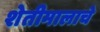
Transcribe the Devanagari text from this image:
शेतीमालाचे